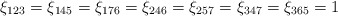
\begin{align*}\xi_{123} = \xi_{145} = \xi_{176} = \xi_{246} = \xi_{257} = \xi_{347} = \xi_{365} = 1\end{align*}